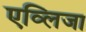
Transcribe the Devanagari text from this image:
एव्लिजा